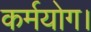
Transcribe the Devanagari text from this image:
कर्मयोग।